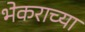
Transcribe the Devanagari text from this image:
भेकराच्या